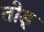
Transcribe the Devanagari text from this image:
तोड़्